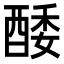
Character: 𨡌